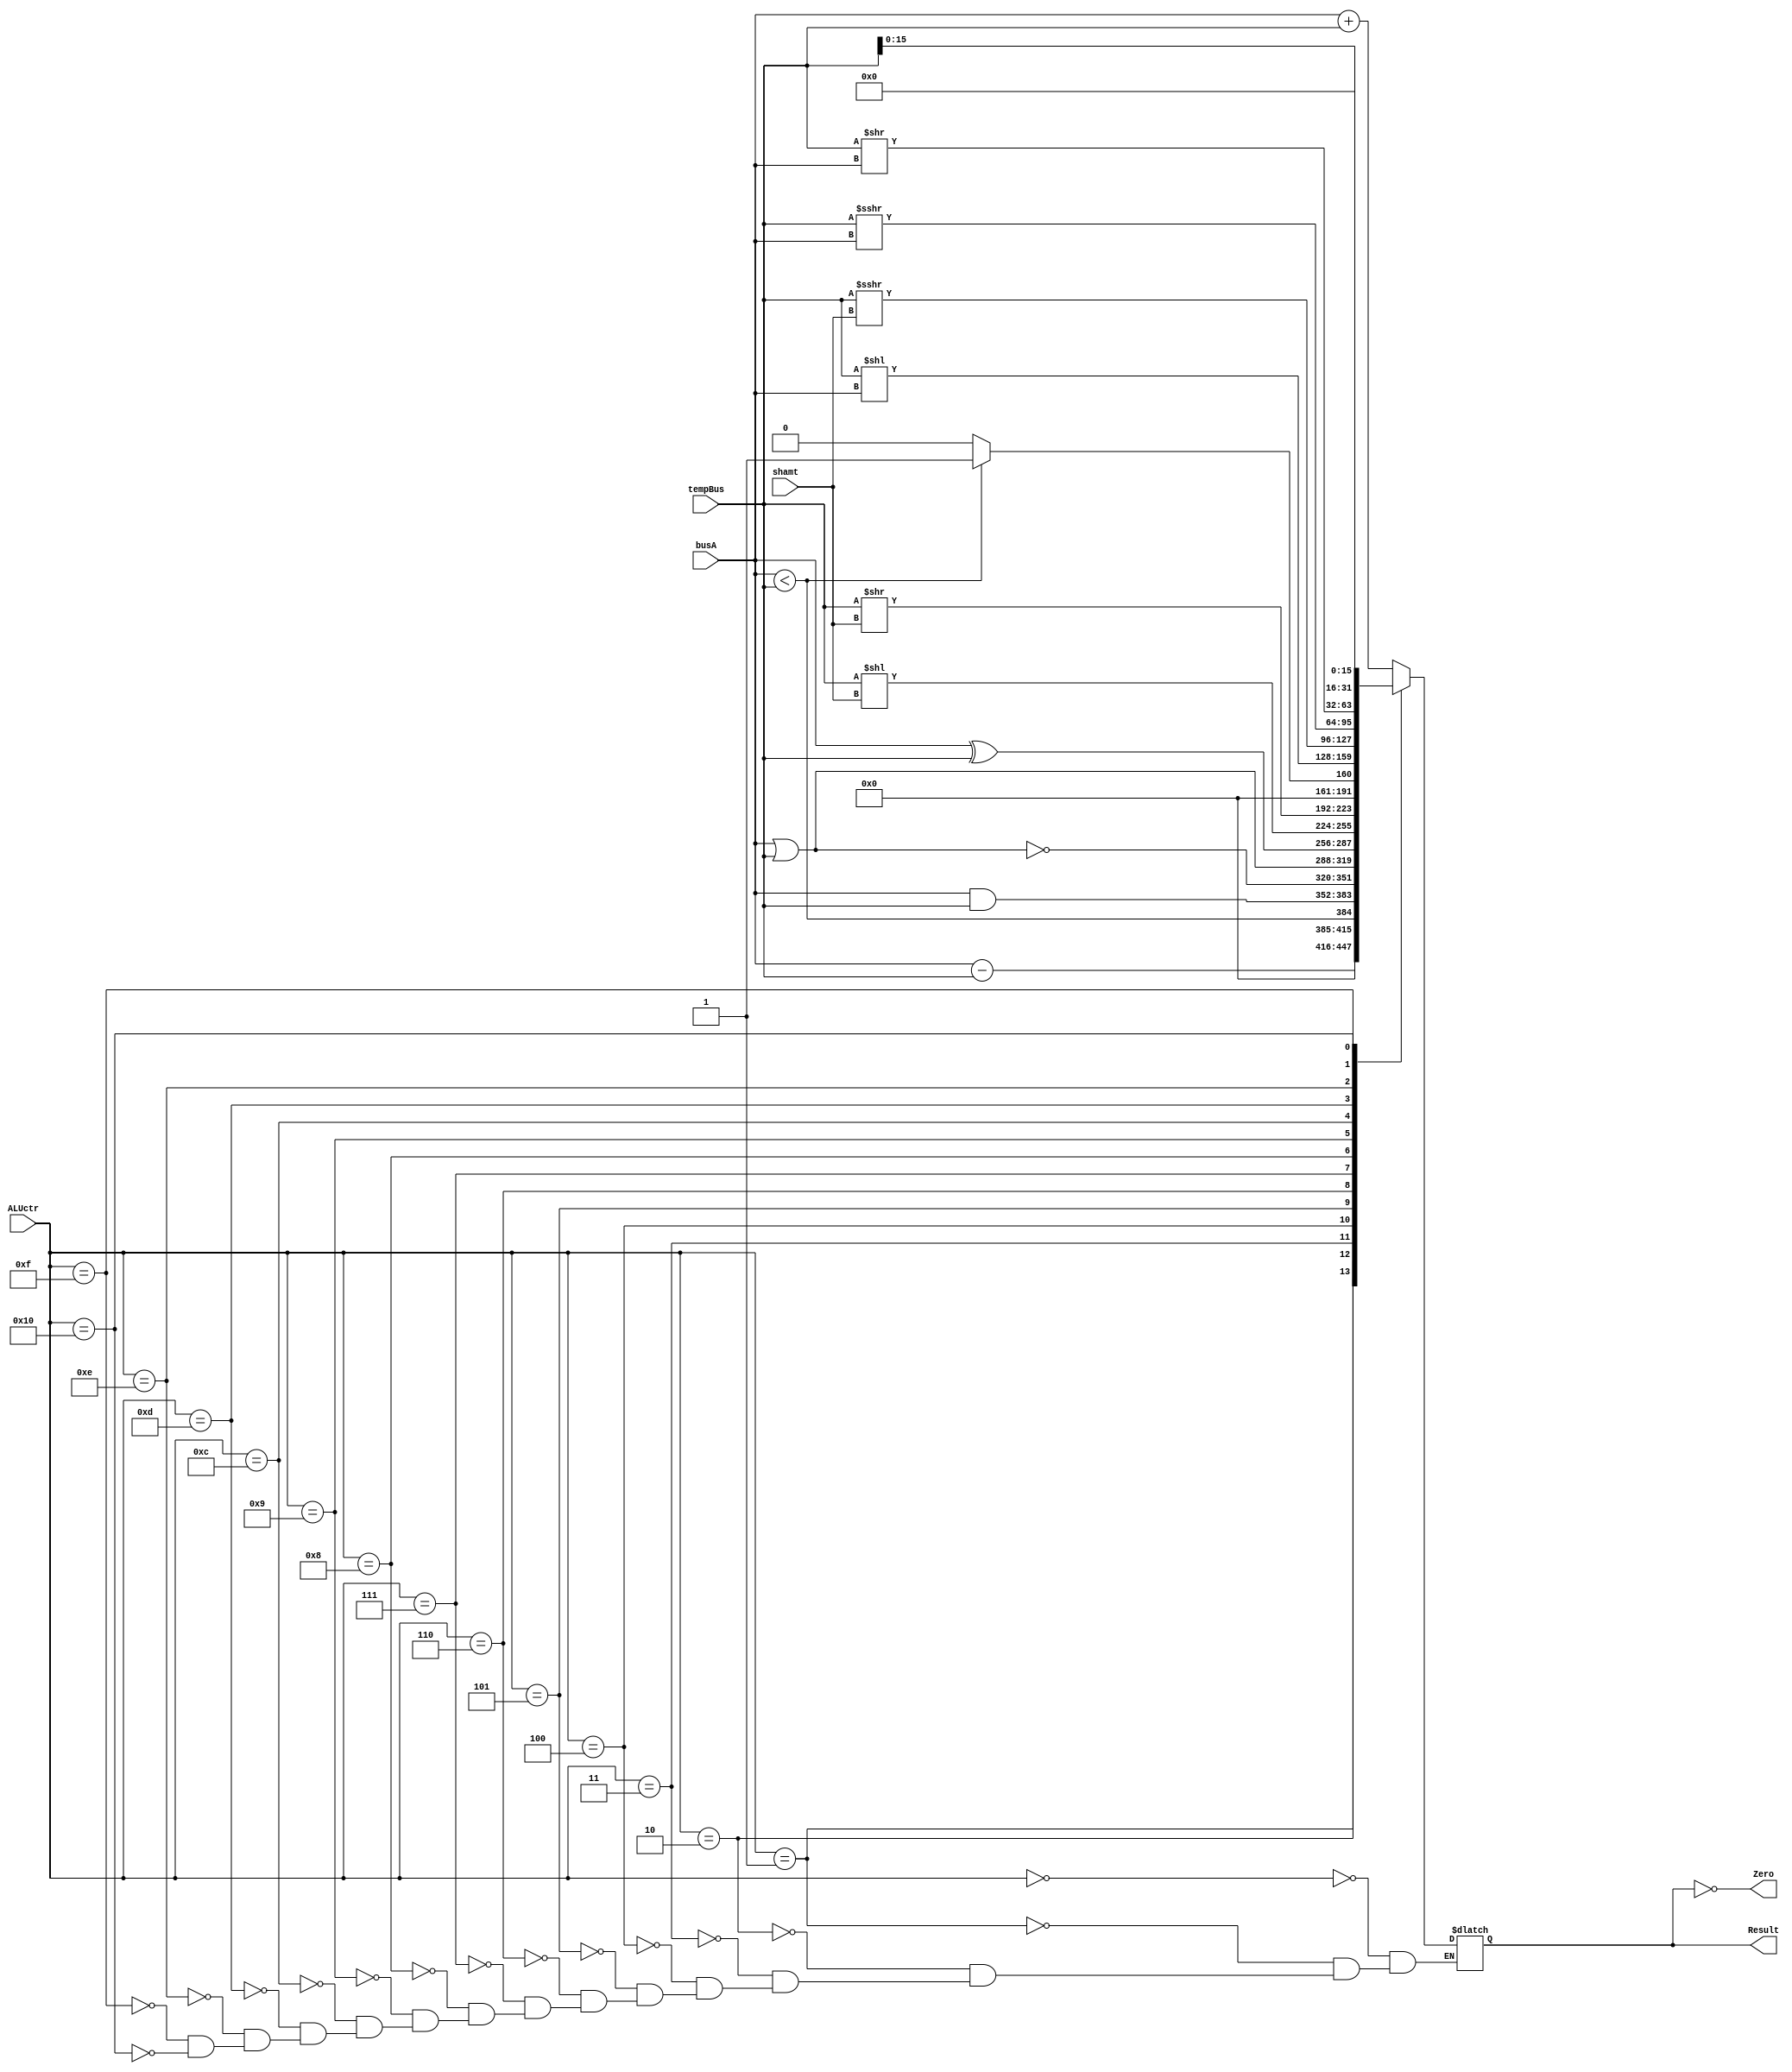
module alu(ALUctr,busA,tempBus,shamt,Result,Zero); 
 
 input [4:0] ALUctr; 
 input [31:0] busA,tempBus;  //busB is after selected  
 input [4:0]shamt;  
 output reg [31:0] Result; 
 output Zero; 
 
 always@(busA or tempBus or ALUctr) begin
   case(ALUctr) 
   //R Type
   5'b00000 : Result <= busA + tempBus; // addu 
   5'b00001 : Result <= busA - tempBus; // subu
   5'b00010 : Result <= busA < tempBus;// slt
   5'b00011 : Result <= busA & tempBus; // and
   5'b00100 : Result <= ~(busA | tempBus); // nor
   5'b00101 : Result <= busA | tempBus; // or
   5'b00110 : Result <= busA ^ tempBus; // xor 
   5'b00111 : Result <= tempBus << shamt; //sll 
   5'b01000 : Result <= tempBus >> shamt;// srl 
   5'b01001 : Result <= (busA <tempBus)?1:0; // sltu return 0 
   //5'b01010 : ; jalr:there's no pc
   //5'b01011 : ; jr:there's no pc
   5'b01100 : Result <= tempBus << busA;  //sllv 
   5'b01101 : Result <= ($signed(tempBus)) >>> shamt; //sra 
   5'b01110 : Result <= ($signed(tempBus)) >>> busA; //srav
   5'b01111 : Result <= tempBus >> busA;  //slrv
   5'b10000 : Result <= tempBus << 16; //lui
   // beq bne
   // sw
   endcase
 end

 assign Zero = (Result==0);

endmodule